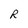
Character: R